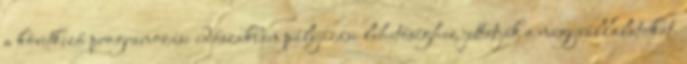
a következő programozási időszakban pályázási lehetőséghez juttatják a nagyvállalatokat.